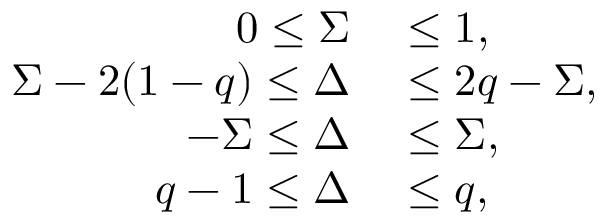
\begin{array} { r l } { 0 \le \Sigma } & { { } \le 1 , } \\ { \Sigma - 2 ( 1 - q ) \le \Delta } & { { } \leq 2 q - \Sigma , } \\ { - \Sigma \le \Delta } & { { } \le \Sigma , } \\ { q - 1 \le \Delta } & { { } \le q , } \end{array}